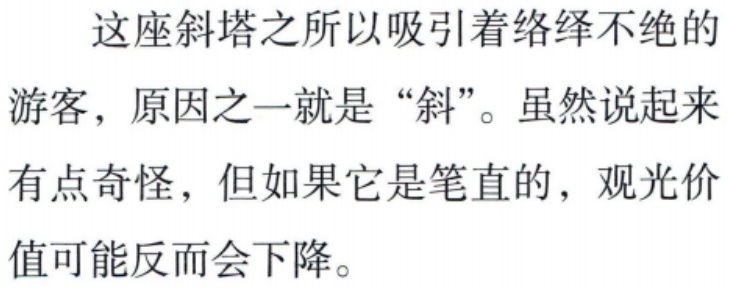
这座斜塔之所以吸引着络绎不绝的
游客，原因之一就是“斜”。虽然说起来
有点奇怪，但如果它是笔直的，观光价
值可能反而会下降。